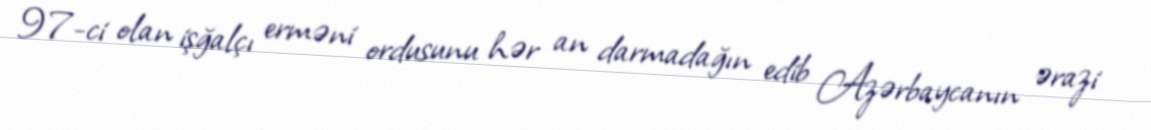
97-ci olan işğalçı erməni ordusunu hər an darmadağın edib Azərbaycanın ərazi